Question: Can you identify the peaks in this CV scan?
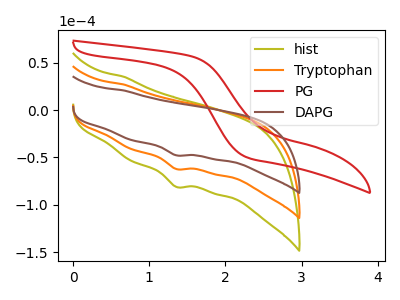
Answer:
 <answer>The olive curve "hist" has a cathodic peak at: (1.35V, -124.55uA). The orange curve "Tryptophan" has a cathodic peak at: (1.35V, -62.25uA). The red curve "PG" has no peaks. The brown curve "DAPG" has a cathodic peak at: (1.35V, -47.80uA).</answer>
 <eval></eval>